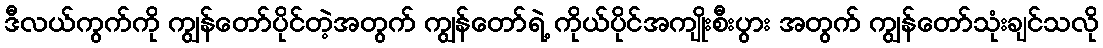
ဒီလယ်ကွက်ကို ကျွန်တော်ပိုင်တဲ့အတွက် ကျွန်တော်ရဲ့ ကိုယ်ပိုင်အကျိုးစီးပွား အတွက် ကျွန်တော်သုံးချင်သလို